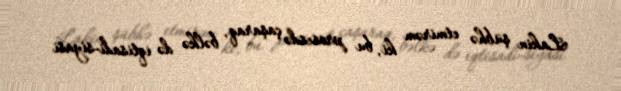
Lakin şübhə etmirəm ki, bu prosesdə çaşaraq, bəlkə də iqtisadi-siyasi